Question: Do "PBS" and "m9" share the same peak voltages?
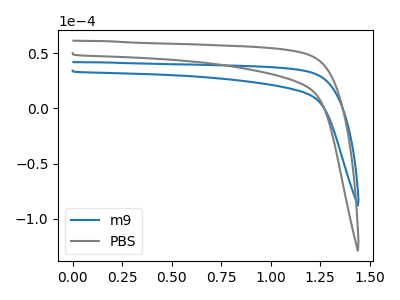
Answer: <think>The blue curve "m9" has no peaks. The gray curve "PBS" has no peaks.</think>
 <answer>Niether CV has any peaks.</answer>
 <eval>blanks</eval>